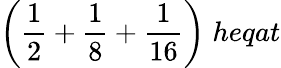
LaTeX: {\bigg(}{\frac{1}{2}}+{\frac{1}{8}}+{\frac{1}{16}}{\bigg)}\; heqat